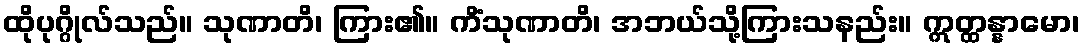
ထိုပုဂ္ဂိုလ်သည်။ သုဏာတိ၊ ကြား၏။ ကိံသုဏာတိ၊ အဘယ်သို့ကြားသနည်း။ ဣတ္ထန္နာမော၊